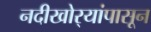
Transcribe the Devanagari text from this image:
नदीखोर्‍यांपासून